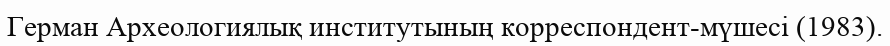
Герман Археологиялық институтының корреспондент-мүшесі (1983).